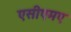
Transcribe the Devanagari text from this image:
एसीएमए